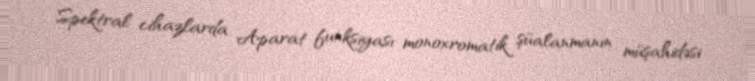
Spektral cihazlarda Aparat funksiyası monoxromatik şüalanmanın müşahidəsi